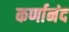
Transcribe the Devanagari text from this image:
कर्णानंद